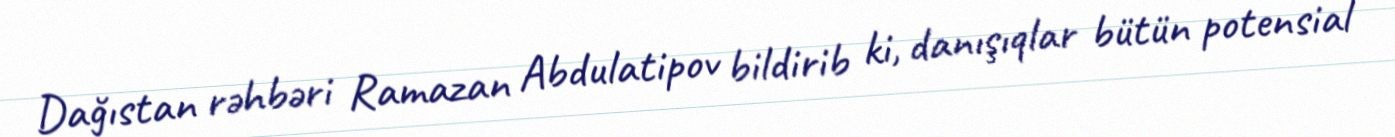
Dağıstan rəhbəri Ramazan Abdulatipov bildirib ki, danışıqlar bütün potensial